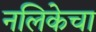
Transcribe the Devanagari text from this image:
नलिकेचा